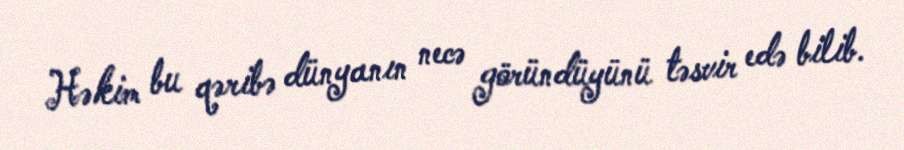
Həkim bu qəribə dünyanın necə göründüyünü təsvir edə bilib.